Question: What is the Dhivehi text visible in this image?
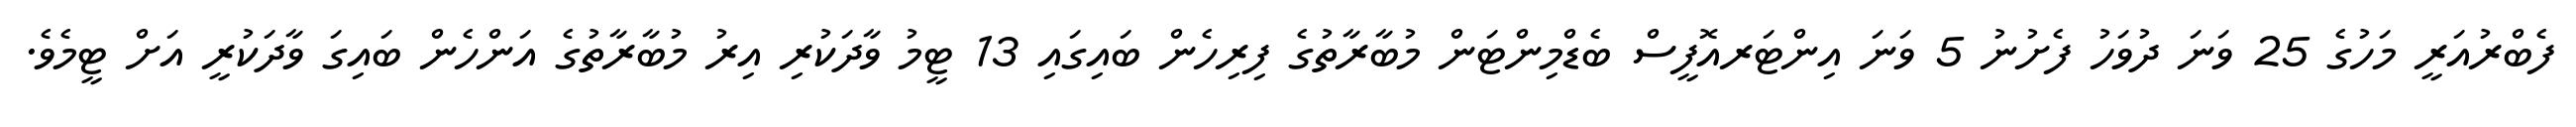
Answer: ފެބްރުއަރީ މަހުގެ 25 ވަނަ ދުވަހު ފެށުނު 5 ވަނަ އިންޓަރއޮފީސް ބެޑްމިންޓަން މުބާރާތުގެ ފިރިހެން ބައިގައި 13 ޓީމު ވާދަކުރި އިރު މުބާރާތުގެ އަންހެން ބައިގަ ވާދަކުރީ އަށް ޓީމެވެ.